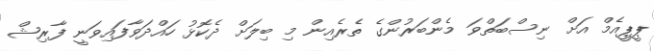
ޕީޕީއެމް އަށް ނިސްބަތްވަ މެންބަރުންގެ ތެރެއިން މި ބިލަށް ދެކޮޅު ހައްދަވާފައިވަނީ ފާރިޝް